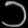
Digit: ၁